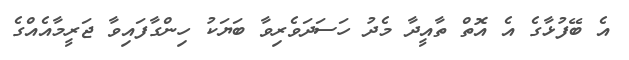
އެ ބޭފުޅާގެ އެ އޮތް ތާއީދާ މެދު ހަސަދަވެރިވާ ބަޔަކު ހިންގާފައިވާ ޖަރީމާއެއްގެ